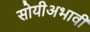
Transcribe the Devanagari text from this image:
सोयीअभावी